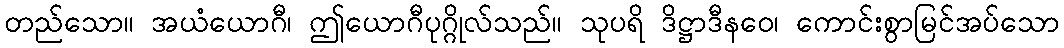
တည်သော။ အယံယောဂီ၊ ဤယောဂီပုဂ္ဂိုလ်သည်။ သုပရိ ဒိဋ္ဌာဒီနဝေ၊ ကောင်းစွာမြင်အပ်သော